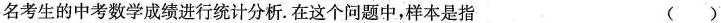
名考生的中考数学成绩进行统计分析.在这个问题中，样本是指 ( )